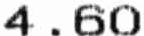
4.60